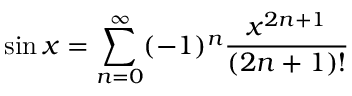
\sin x = \sum _ { n = 0 } ^ { \infty } ( - 1 ) ^ { n } { \frac { x ^ { 2 n + 1 } } { ( 2 n + 1 ) ! } }